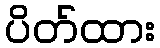
ပိတ်ထား